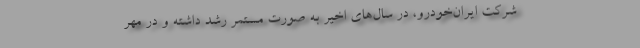
شرکت ایران‌خودرو، در سال‌های اخیر به صورت مستمر رشد داشته و در مهر